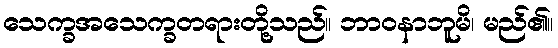
သေက္ခအသေက္ခတရားတို့သည်။ ဘာဝနာဘူမိ၊ မည်၏။